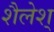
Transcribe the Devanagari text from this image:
शैलेश्